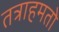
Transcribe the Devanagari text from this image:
तत्राहमतो